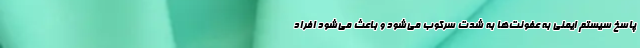
پاسخ سیستم ایمنی به عفونت‌ها به شدت سرکوب می‌شود و باعث می‌شود افراد